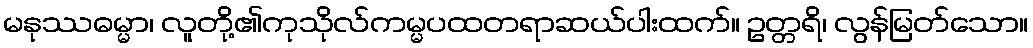
မနုဿဓမ္မာ၊ လူတို့၏ကုသိုလ်ကမ္မပထတရာဆယ်ပါးထက်။ ဥတ္တရိ၊ လွန်မြတ်သော။